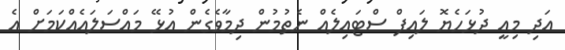
އަދި މިއީ ދުޅަހެޔޮ ލައިފް ސްޓަައިލެއް ނެތުމުން ދިމާވެގެން އުޅޭ މައްސަލައެއްކަމަށް އެ